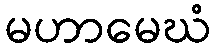
မဟာမေဃံ